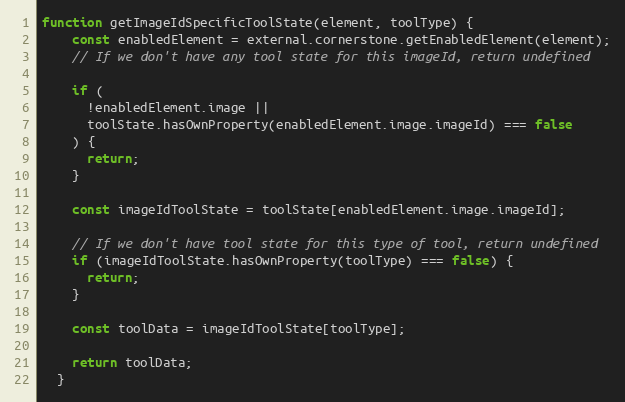
Language: JavaScript
function getImageIdSpecificToolState(element, toolType) {
    const enabledElement = external.cornerstone.getEnabledElement(element);
    // If we don't have any tool state for this imageId, return undefined

    if (
      !enabledElement.image ||
      toolState.hasOwnProperty(enabledElement.image.imageId) === false
    ) {
      return;
    }

    const imageIdToolState = toolState[enabledElement.image.imageId];

    // If we don't have tool state for this type of tool, return undefined
    if (imageIdToolState.hasOwnProperty(toolType) === false) {
      return;
    }

    const toolData = imageIdToolState[toolType];

    return toolData;
  }